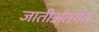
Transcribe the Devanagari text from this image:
जातीअंतर्गत